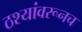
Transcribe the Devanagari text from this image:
ठश्यांवरूनच